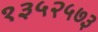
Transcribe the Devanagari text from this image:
१३५२५७३